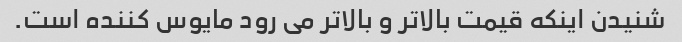
شنیدن اینکه قیمت بالاتر و بالاتر می رود مایوس کننده است.